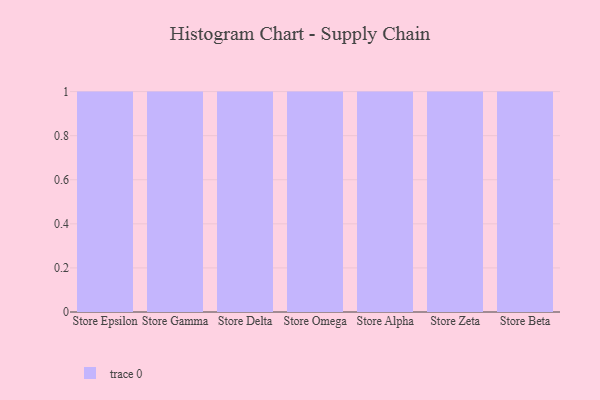
{"axis": {"x": "Store", "y": "Inventory Turnover"}, "legend": [""], "data": [{"x": "Store Epsilon", "y": 1, "type": ""}, {"x": "Store Gamma", "y": 7, "type": ""}, {"x": "Store Delta", "y": 26, "type": ""}, {"x": "Store Omega", "y": 51, "type": ""}, {"x": "Store Alpha", "y": 71, "type": ""}, {"x": "Store Zeta", "y": 13, "type": ""}, {"x": "Store Beta", "y": 84, "type": ""}]}